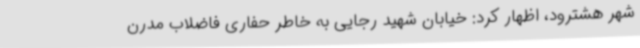
شهر هشترود، اظهار کرد: خیابان شهید رجایی به خاطر حفاری فاضلاب مدرن